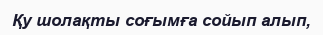
Қу шолақты соғымға сойып алып,